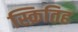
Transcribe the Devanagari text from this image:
स्क्रितिह